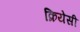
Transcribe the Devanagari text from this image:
क्रियेसी